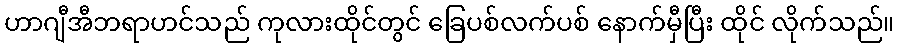
ဟာဂျီအီဘရာဟင်သည် ကုလားထိုင်တွင် ခြေပစ်လက်ပစ် နောက်မှီပြီး ထိုင် လိုက်သည်။